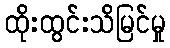
ထိုးထွင်းသိမြင်မှု